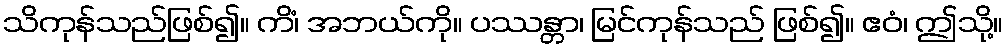
သိကုန်သည်ဖြစ်၍။ ကိံ၊ အဘယ်ကို။ ပဿန္တာ၊ မြင်ကုန်သည် ဖြစ်၍။ ဧဝံ၊ ဤသို့။